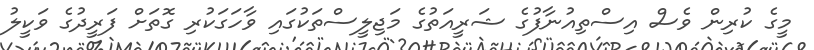
މީގެ ކުރިން ވެސް އިސްތިއުނާފުގެ ޝަރީއަތުގެ މަޖިލީސްތަކުގައި ވާހަގަކުރި ގޮތަށް ފަރީދުގެ ވަކީލު